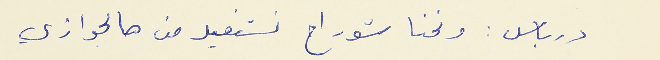
درباس : ونحنا شو رح نستفيد من هالجوازي